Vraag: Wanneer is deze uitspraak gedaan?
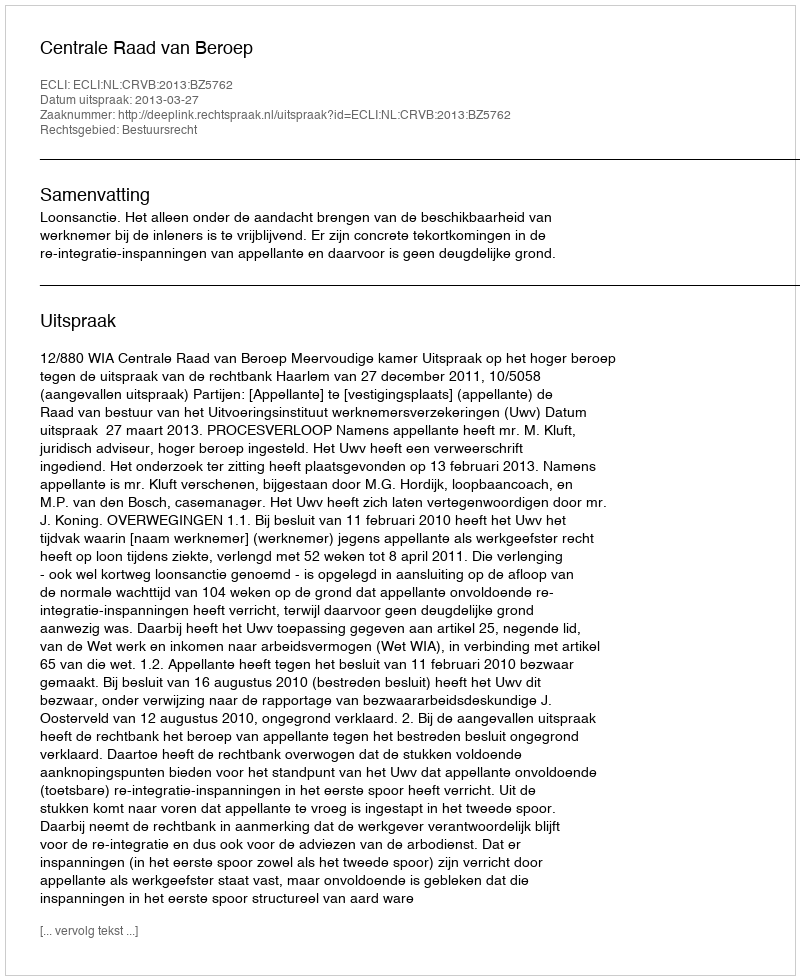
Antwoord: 2013-03-27